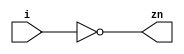
module inv (/*AUTOARG*/
   // Outputs
   zn,
   // Inputs
   i
   );
  parameter DELAY = 1;

  input i;
  output zn;

  assign #DELAY zn = !i;

endmodule